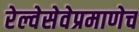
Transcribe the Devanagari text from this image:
रेल्वेसेवेप्रमाणेच